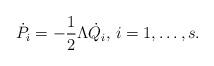
LaTeX: \begin{align*}\dot P_i =- \frac{1}{2}\Lambda \dot Q_i, \, i=1,\ldots,s.\end{align*}